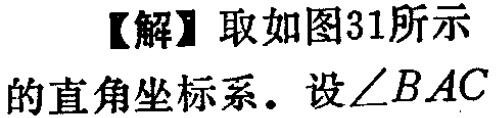
【解】取如图31所示
的直角坐标系. 设$\angle BAC$